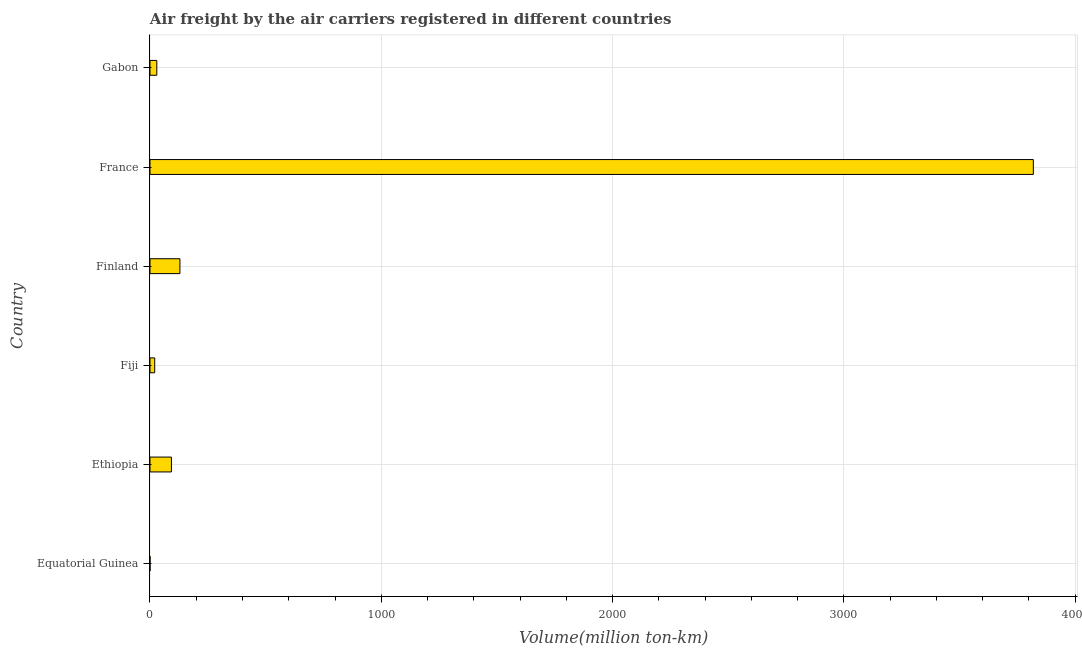
| Country | Air transport |
 | --- | --- |
 | Equatorial Guinea | 0.1 |
 | Ethiopia | 92.7 |
 | Fiji | 20.4 |
 | Finland | 129 |
 | France | 3.82e+03 |
 | Gabon | 29.4 |